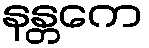
နန္တကေ